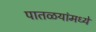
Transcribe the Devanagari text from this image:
पातळयांमध्ये